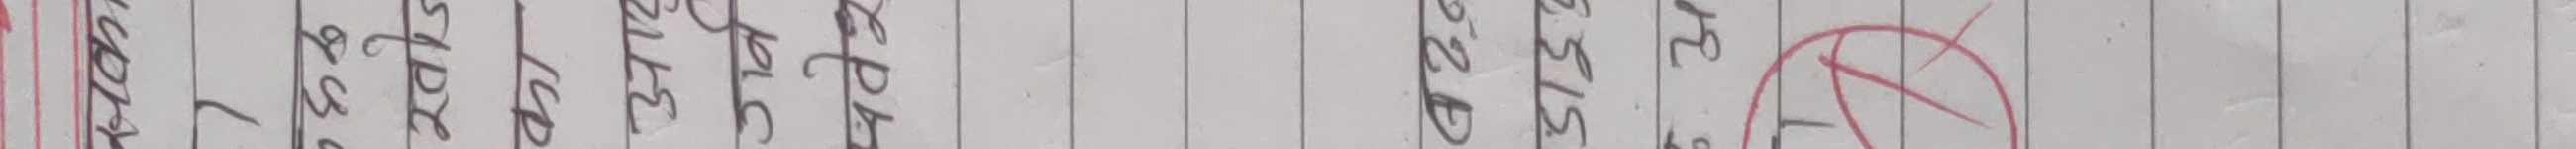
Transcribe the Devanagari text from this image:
बर्रर